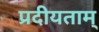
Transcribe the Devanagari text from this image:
प्रदीयताम्